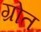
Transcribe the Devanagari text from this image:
ग्रोत